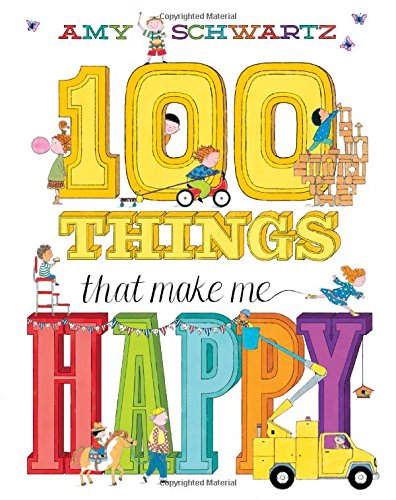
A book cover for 100 Things That Make Me Happy; Children's Books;